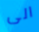
الى